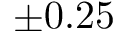
\pm 0 . 2 5